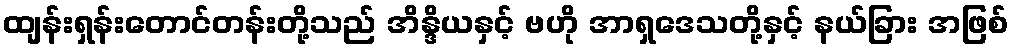
ထျန်းရှန်းတောင်တန်းတို့သည် အိန္ဒိယနှင့် ဗဟို အာရှဒေသတို့နှင့် နယ်ခြား အဖြစ်